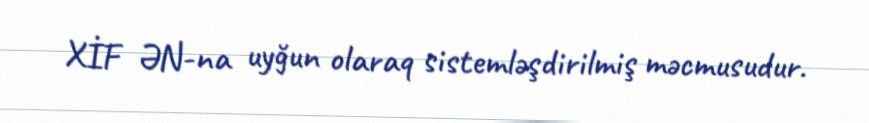
XİF ƏN-na uyğun olaraq sistemləşdirilmiş məcmusudur.